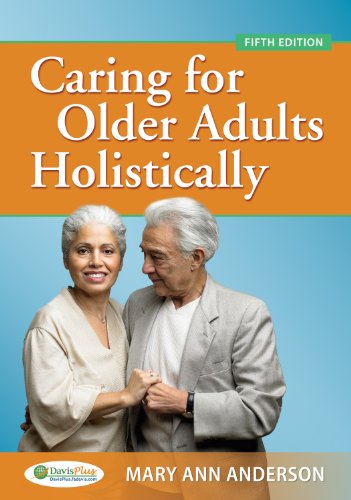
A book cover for Caring for Older Adults Holistically 5e; Mary Ann Anderson PhD  APRN  BC; Medical Books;